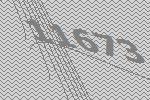
11673